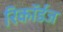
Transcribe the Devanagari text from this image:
रिकॉर्डज